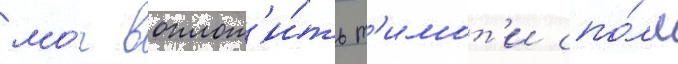
мо́г воплот'и́ть т'имот'и спо́лл